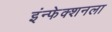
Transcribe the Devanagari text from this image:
इंन्फेक्शनला